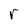
Character: r